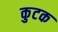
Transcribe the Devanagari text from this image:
कुटक